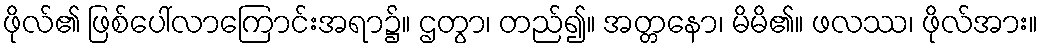
ဖိုလ်၏ ဖြစ်ပေါ်လာကြောင်းအရာ၌။ ဌတွာ၊ တည်၍။ အတ္တနော၊ မိမိ၏။ ဖလဿ၊ ဖိုလ်အား။